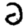
Digit: 2